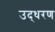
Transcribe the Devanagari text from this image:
उद्‍धरण